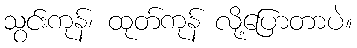
သွင်းကုန်၊ ထုတ်ကုန် လို့ပြောတာပဲ။